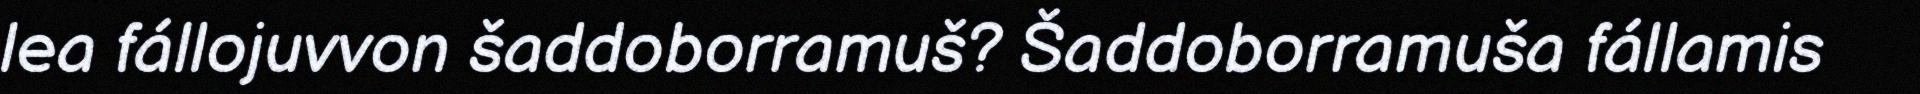
lea fállojuvvon šaddoborramuš? Šaddoborramuša fállamis